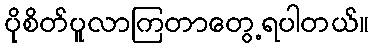
ပိုစိတ်ပူလာကြတာတွေ့ရပါတယ်။